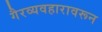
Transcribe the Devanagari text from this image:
गैरव्यवहारावरून